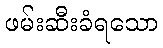
ဖမ်းဆီးခံရသော